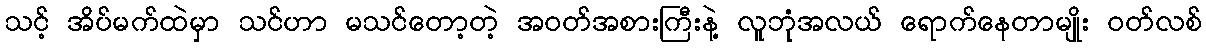
သင့် အိပ်မက်ထဲမှာ သင်ဟာ မသင်တော့တဲ့ အဝတ်အစားကြီးနဲ့ လူဘုံအလယ် ရောက်နေတာမျိုး ဝတ်လစ်